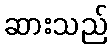
ဆားသည်